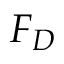
F _ { D }